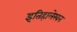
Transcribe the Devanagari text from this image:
इतिहालेखन